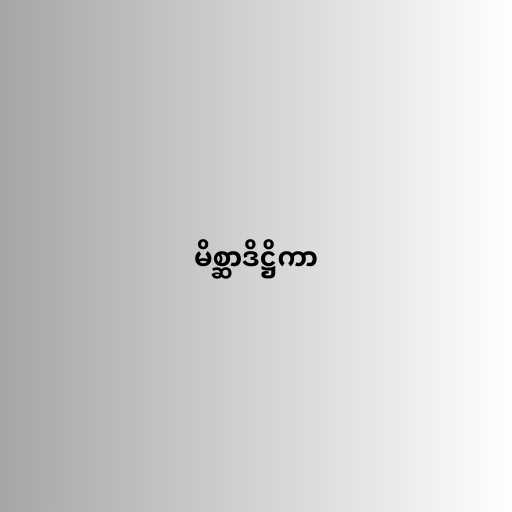
မိစ္ဆာဒိဋ္ဌိကာ